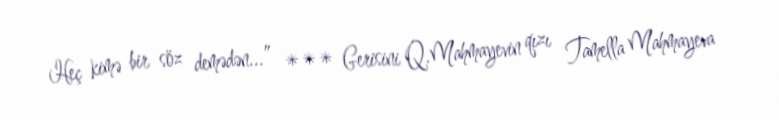
Heç kimə bir söz demədən...” *** Gerisini Q.Mahmayevin qızı Tamella Mahmayeva